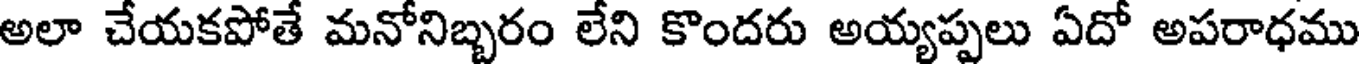
అలా చేయకపోతే మనోనిబ్బరం లేని కొందరు అయ్యప్పలు ఏదో అపరాధము